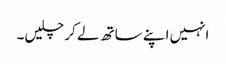
انہیں اپنے ساتھ لے کر چلیں۔